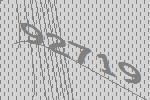
92719